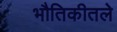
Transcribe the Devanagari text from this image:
भौतिकीतले